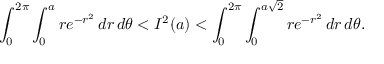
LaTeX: \int _ { 0 } ^ { 2 \pi } \int _ { 0 } ^ { a } r e ^ { - r ^ { 2 } } \, d r \, d \theta < I ^ { 2 } ( a ) < \int _ { 0 } ^ { 2 \pi } \int _ { 0 } ^ { a { \sqrt { 2 } } } r e ^ { - r ^ { 2 } } \, d r \, d \theta .